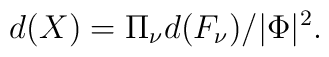
d(X)= {\Pi}_{\nu} d(F_{\nu})/|\Phi|^2.